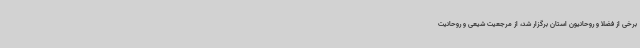
برخی از فضلا و روحانیون استان برگزار شد، از مرجعیت شیعی و روحانیت